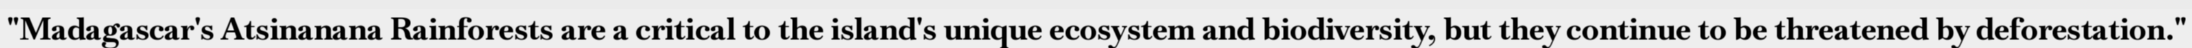
"Madagascar's Atsinanana Rainforests are a critical to the island's unique ecosystem and biodiversity, but they continue to be threatened by deforestation."